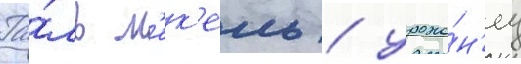
Га́ль м'ек'ель / уроже́н'ец